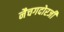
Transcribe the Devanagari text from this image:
नैचगदोरजी